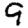
Digit: 9